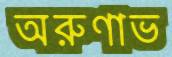
অরুণাভ